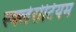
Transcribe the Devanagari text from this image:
स्क्लेरोटियम